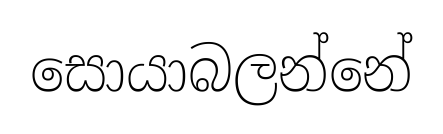
සොයාබලන්නේ